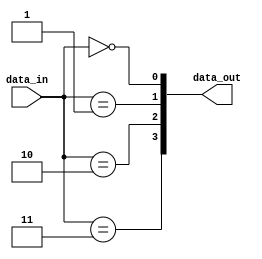
`timescale 1ns / 1ps
//////////////////////////////////////////////////////////////////////////////////
// Company: 
// Engineer: 
// 
// Design Name: 
// Module Name: decoder
// Project Name: 
// Target Devices: 
// Tool Versions: 
// Description: 
// 
// Dependencies: 
// 
// Revision:
// Revision 0.01 - File Created
// Additional Comments:
// 
//////////////////////////////////////////////////////////////////////////////////


module decoder#(
    parameter input_width = 2,
    parameter output_width = 2**input_width
    )(
    input [input_width - 1:0] data_in,
    output [output_width - 1:0] data_out
    );
    genvar i;
    generate
        for (i=0;i<output_width;i=i+1) begin: one_hot
                assign data_out[i] = (data_in==i);
        end
    endgenerate
    
endmodule